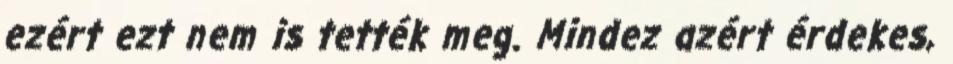
ezért ezt nem is tették meg. Mindez azért érdekes,